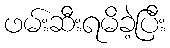
ဖမ်းဆီးရမိခဲ့ပြီး